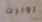
روبرت